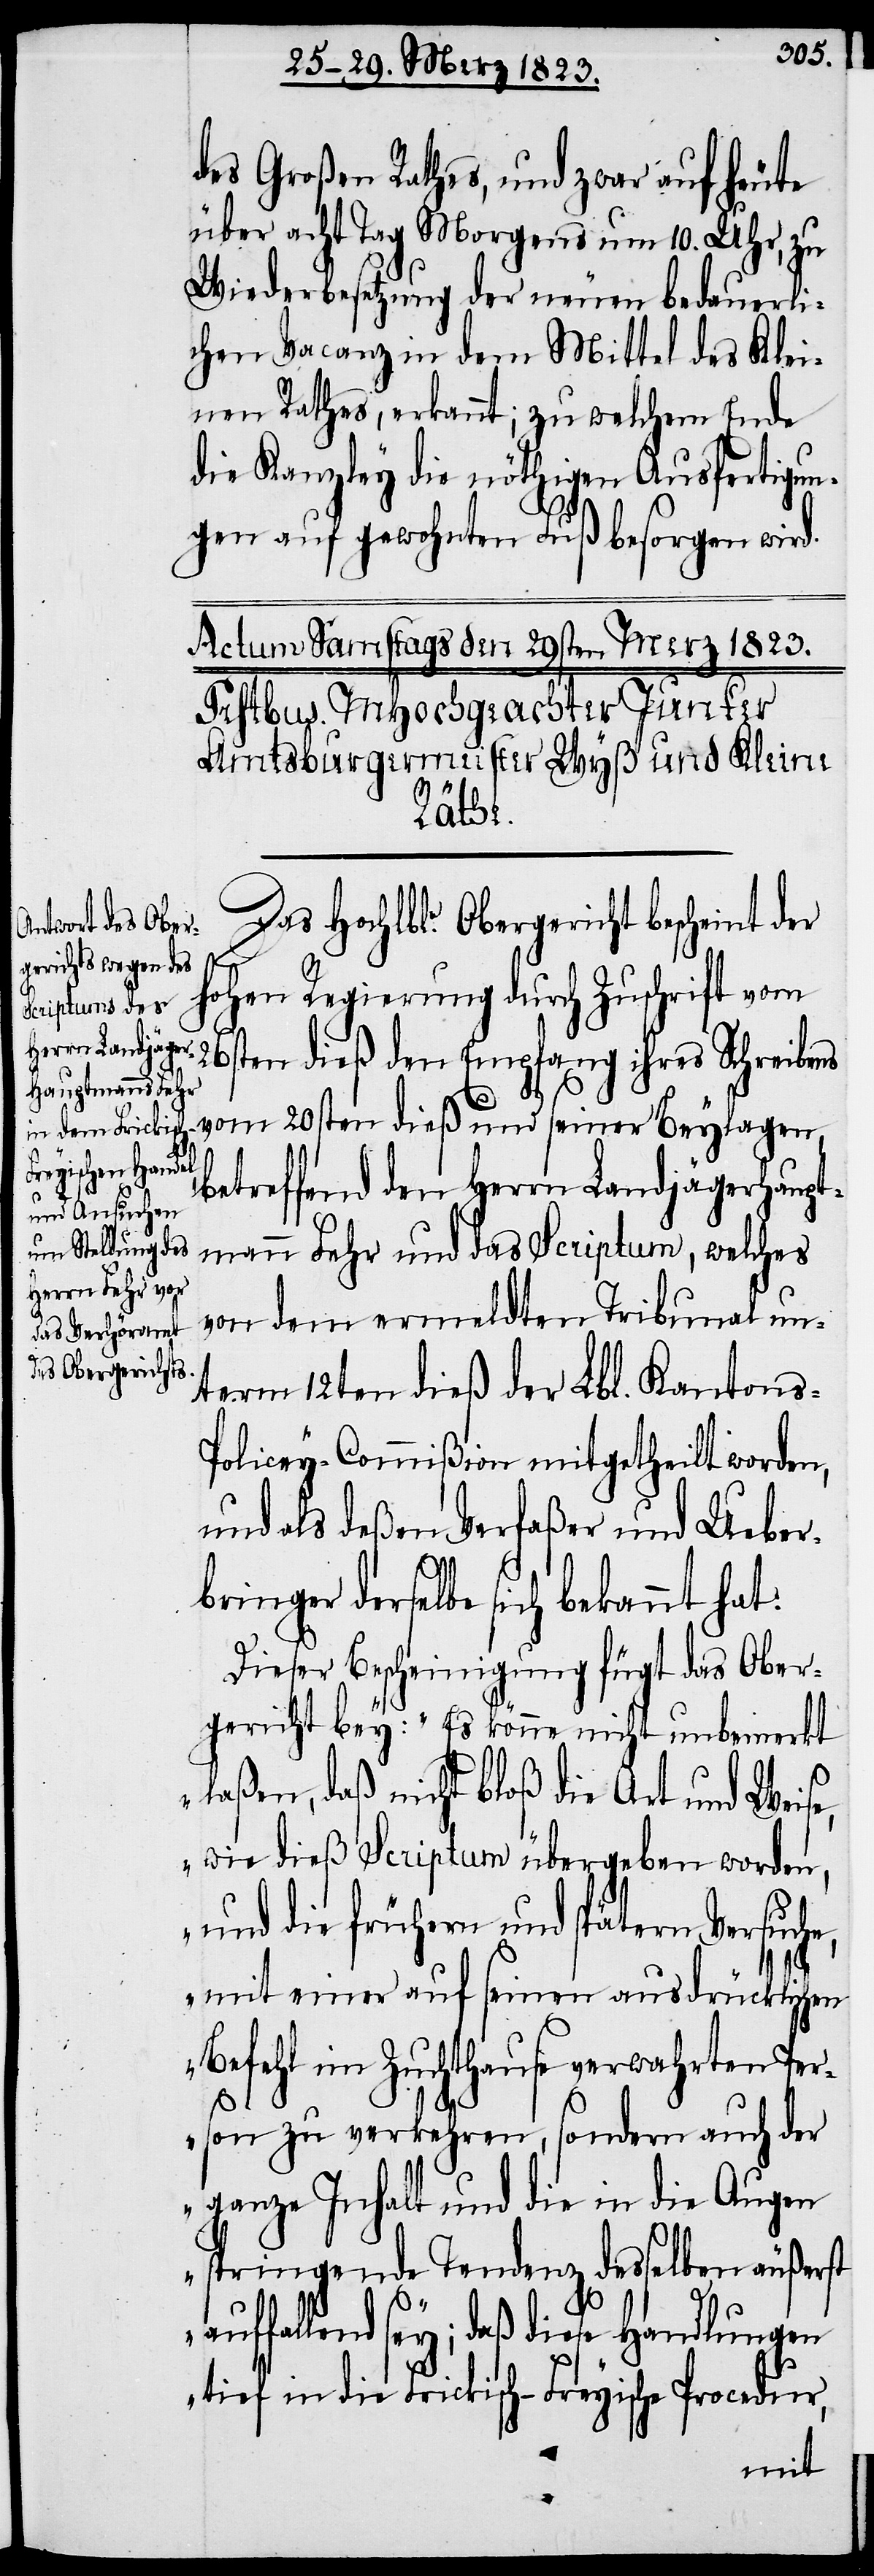
des Großen Rathes, und zwar auf heute
über acht Tag Morgens um 10. Uhr, zu
Wiederbesetzung der neuen bedauerli¬
chen Vacanz in dem Mittel des Klei¬
nen Rathes, erkannt; zu welchem Ende
die Kanzley die nöthigen Ausfertigun¬
gen auf gewohnten Fuß besorgen wird.
st auf¬
Das Hochlble. Obergericht bescheint der
hohen Regierung durch Zuschrift vom
26sten dieß den Empfang ihres Schreibens
vom 20sten dieß und seiner Beylagen,
betreffend den Herrn Landjägerhaupt¬
mann Fehr und das Scriptum, welches
von dem ermeldten Tribunal un¬
term 12ten dieß der Lbl. Kantons-P¬
olicey-Commißion mitgetheilt worden,
und als deßen Verfaßer und Ueber¬
bringer derselbe sich bekannt hat:
Dieser Bescheinigung fügt das Ober¬
gericht bey: „Es könne nicht unbemerkt
laßen, daß nicht bloß die Art und Weise,
wie dieß Scriptum übergeben worden,
und die frühern und spätern Versuche,
mit einer auf seinen ausdrücklichen
Befehl im Zuchthause verwahrten Per¬
son zu verkehren, sondern auch der
ganze Inhalt und die in die Augen
springende Tendenz desselben äußer¬
fallend sey; daß diese Handlungen
tief in die Frickisch-Freyische Procedur,